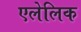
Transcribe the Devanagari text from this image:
एलेलिक